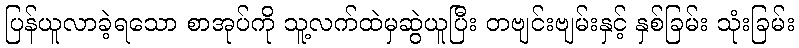
ပြန်ယူလာခဲ့ရသော စာအုပ်ကို သူ့လက်ထဲမှဆွဲယူပြီး တဗျင်းဗျမ်းနှင့် နှစ်ခြမ်း သုံးခြမ်း